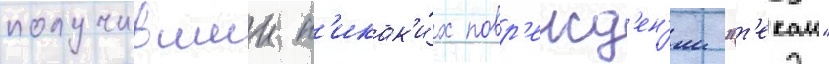
получившии н'икак'и́х повр'ежд'ен'ии "т'екаи"